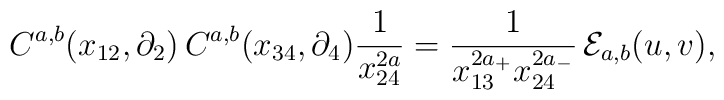
C^{a,b}(x_{12},\partial_{2})\,C^{a,b}(x_{34},\partial_{4})\frac{1}{x_{24}^{2a}}=\frac{1}{x_{13}^{2a_{+}}x_{24}^{2a_{-}}}\,{\cal{E}}_{a,b}(u,v),